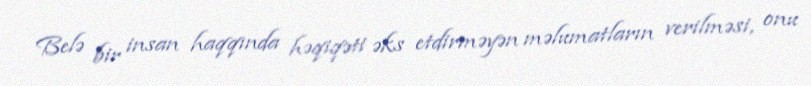
Belə bir insan haqqında həqiqəti əks etdirməyən məlumatların verilməsi, onu